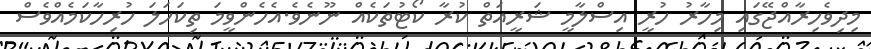
މިދިވެހިރާއްޖޭގައި މިހާރު ހުރީ އިސްލާމީ ޝަރީއަތް ކުރާ ކޯޓުތަކެއް ނޫނެވެ.އެހެންވީމަ ތިކަހަލަ ހުރިހާކަމެއްވެސް